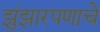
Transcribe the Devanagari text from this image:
झुंझारपणाचे